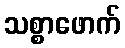
သစ္စာဖောက်